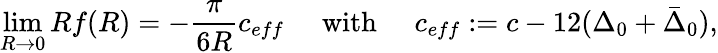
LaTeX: \operatorname*{lim}_{R\rightarrow 0}Rf(R)=-\frac{\pi}{6R}c_{eff}\, \, \, \, \, \, \, \, \textnormal{with}\, \, \, \, \, \, \, \, c_{eff}:=c-12(\Delta_{0}+\bar{\Delta}_{0}),